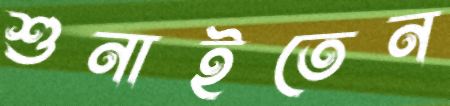
শুনাইতেন